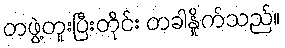
တဖွဲ့တူးပြီးတိုင်း တခါနှိုက်သည်။